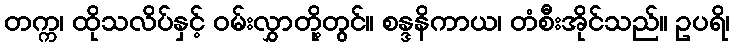
တက္က၊ ထိုသလိပ်နှင့် ဝမ်းလွှာတို့တွင်။ စန္ဒနိကာယ၊ တံစီးအိုင်သည်။ ဥပရိ၊